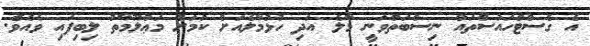
އެ ގެސްޓްހައުސްތައް ނިސްބަތްވަނީ މާލެ އަދި ހުޅުމާލެއަށް ކަމަށް މަޢުލޫމާތު ލިބިފައި ވެއެވެ.